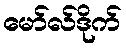
မော်လ်ဒိုက်